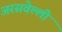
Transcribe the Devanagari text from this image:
अरसवेल्ली